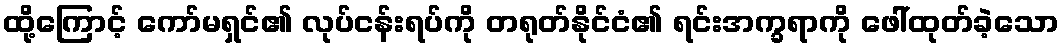
ထို့ကြောင့် ကော်မရှင်၏ လုပ်ငန်းရပ်ကို တရုတ်နိုင်ငံ၏ ရင်းအက္ခရာကို ဖေါ်ထုတ်ခဲ့သော